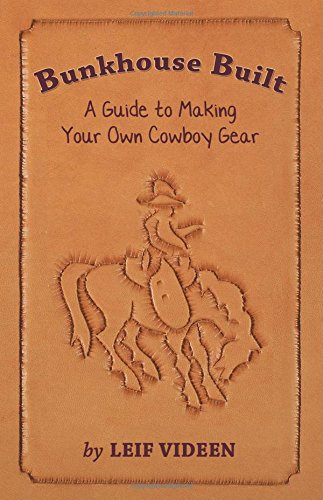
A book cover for Bunkhouse Built; Leif Videen; Crafts, Hobbies & Home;